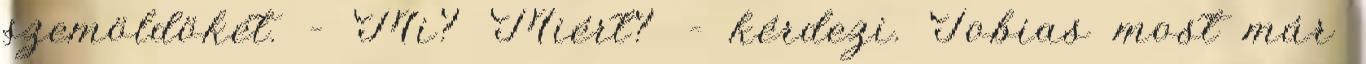
szemöldökét. – Mi? Miért? – kérdezi. Tobias most már